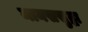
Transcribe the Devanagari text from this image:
मानससुद्धा